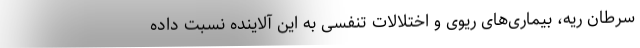
سرطان ریه، بیماری‌های ریوی و اختلالات تنفسی به این آلاینده نسبت داده